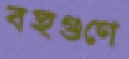
বহুগুণে